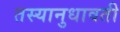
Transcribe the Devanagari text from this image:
तस्यानुधावती